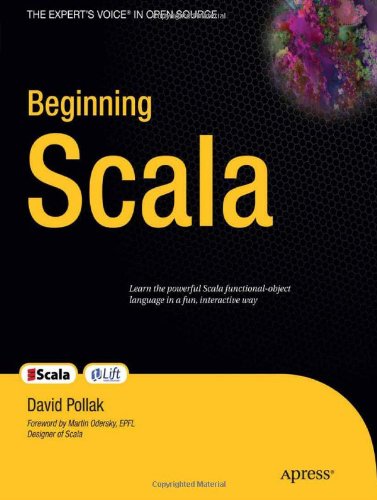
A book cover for Beginning Scala (Expert's Voice in Open Source); David Pollak; Computers & Technology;